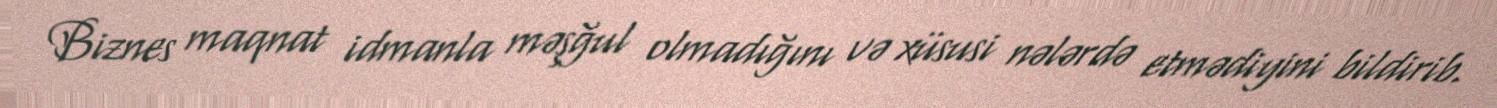
Biznes maqnat idmanla məşğul olmadığını və xüsusi nələrdə etmədiyini bildirib.